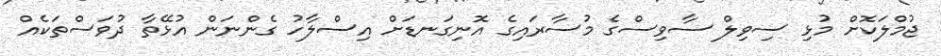
ޖުމްލަކޮށް މުޅި ސިވިލް ސާވިސްގެ މުސާރައިގެ އޮނިގަނޑަށް އިސްލާހު ގެންނަން އުޅޭތާ ދުވަސްތަކެއް